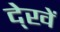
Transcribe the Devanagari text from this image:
दे्खें